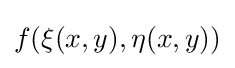
f(\xi (x,y),\eta (x,y))